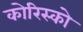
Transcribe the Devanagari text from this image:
कोरिस्को